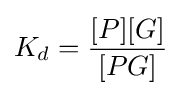
K_{d}={\frac {[P][G]}{[PG]}}